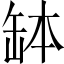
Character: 缽